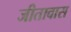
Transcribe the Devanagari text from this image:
जीतावास